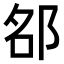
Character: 𨚷